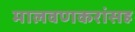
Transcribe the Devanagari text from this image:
मालवणकरांसह